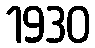
1930